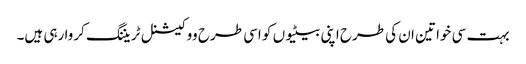
بہت سی خواتین ان کی طرح اپنی بیٹیوں کو اسی طرح ووکیشنل ٹریننگ کروا رہی ہیں۔